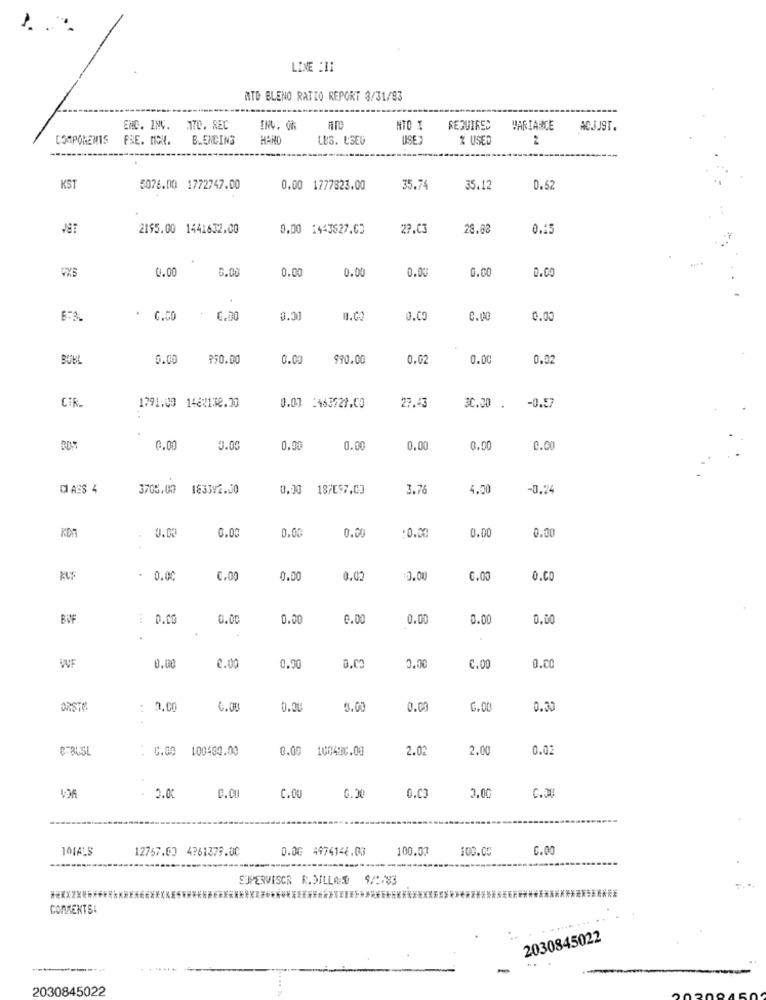
LINE :11
MTD BLENO RATIO REPORT 3/31/93
ENC. INC. MTO. REC
ENV. Ch
REQUIRED
VARIANCE
ACJUST.
CORPOREMIS
PRE. MON.
B.ENCING
HAN
LES. USED
* USED
----
KST
5076.00 1772747.00
0.00 1777323.00
35.74
35.12
0.52
2195.00 1441632.00
0.00 1443627.03
27.03
28.83
0.15
VXB
0.00
6.00
0.0
0.00
0.00
G.00
0.00
6:3
. C.50
0.00
0.3
0.00
0.00
0.00
BUB
0.00
$50.00
0.00
990.00
0.02
0.00
0.92
CTR
0.01 2463729.00
1791.09 1482138.00
27.43
30.00 .
-0.57
0.00
3.00
0.90
0.00
0.00
0.00
0.00
DASS 4
3705.00 183392.00
0.00
187[97.03
3.76
4.00
-0.24
0.00
0.00
0.00
0.00
0.00
0.00
:0.00
0.00
0.00
0.00
0.02
3.00
0.00
0.Co
BUF
: 0.00
0.00
0.00
@.00
0.00
0.00
0.00
.
0.00
0.00
0.00
0.00
C.00
O.C0
: 0.00
0.01
0.00
G.00
0.30
: C.00
100480.00
0.00
100497.00
2.02
2.00
0.02
3.00
C.DE
. 2.0
C.CU
C.0
0.30
0.03
12767.63 4761379.00
0.0G 4974144.00
100.00
100.00
0.00
SUPERVISOR R.DILLAND $/5-83
COMMENTS
2030845022
..
2030845022